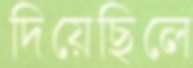
দিয়েছিলে